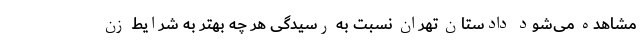
مشاهده می‌شود دادستان تهران نسبت به رسیدگی هر چه بهتر به شرایط زن